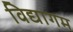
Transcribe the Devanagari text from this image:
विद्यागम